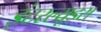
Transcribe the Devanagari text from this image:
इंटरल्यूड्स